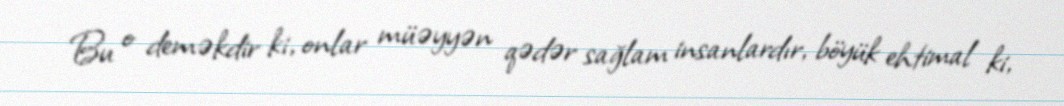
Bu o deməkdir ki, onlar müəyyən qədər sağlam insanlardır, böyük ehtimal ki,